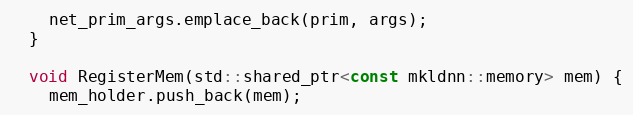
Language: C
    net_prim_args.emplace_back(prim, args);
  }

  void RegisterMem(std::shared_ptr<const mkldnn::memory> mem) {
    mem_holder.push_back(mem);